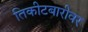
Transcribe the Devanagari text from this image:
तिकीटबारीवर